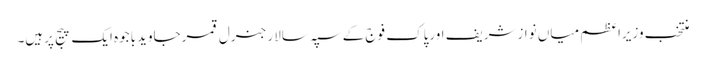
منتخب وزیراعظم میاں نوازشریف اورپاک فوج کے سپہ سالار جنرل قمرجاویدباجوہ ایک پیج پرہیں۔